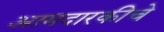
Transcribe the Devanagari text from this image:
आमदारकीचे